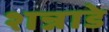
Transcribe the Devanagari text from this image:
शन्नाडे